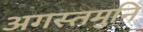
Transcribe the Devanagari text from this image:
अगस्तमुनि